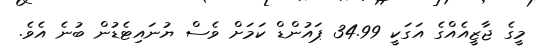
މީގެ ޖާޒީއެއްގެ އަގަކީ 34.99 ޕައުންޑް ކަމަށް ވެސް ޔުނައިޓެޑުން ބުނެ އެވެ.